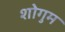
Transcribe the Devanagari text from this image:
शोगुम